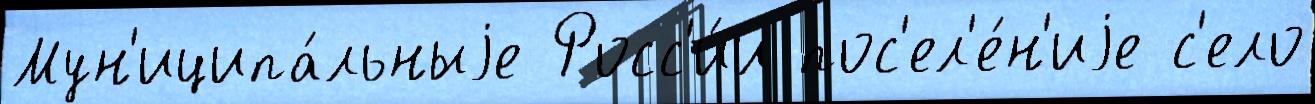
Мун'иципа́льныjе Росс'и́и пос'ел'е́н'иjе с'ело